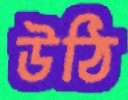
উঠি